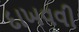
દાખવવી